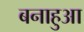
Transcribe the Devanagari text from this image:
बनाहुआ